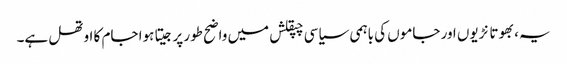
یہ، بھوتا نڑیوں اور جاموں کی باہمی سیاسی چپقلش میں واضح طور پر جیتا ہوا جام کا اوتھل ہے۔